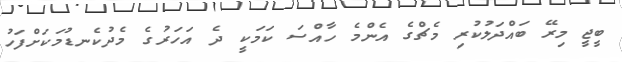
ބީޖީ މިރޭ ބައްދަލުކުރި މެޗްގެ އެންމެ ހާއްސަ ކަމަކީ ދެ އަހަރުގެ މެދުކެނޑުމަކަށްފަހު